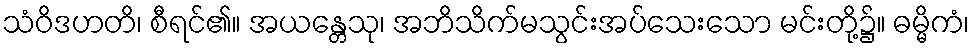
သံဝိဒဟတိ၊ စီရင်၏။ အယန္တေသု၊ အဘိသိက်မသွင်းအပ်သေးသော မင်းတို့၌။ ဓမ္မိကံ၊